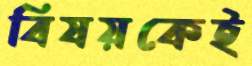
বিষয়কেই